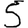
Digit: 5